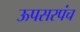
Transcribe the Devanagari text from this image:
ऊपसरपंच